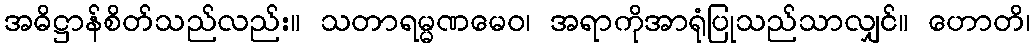
အဓိဋ္ဌာန်စိတ်သည်လည်း။ သတာရမ္မဏမေဝ၊ အရာကိုအာရုံပြုသည်သာလျှင်။ ဟောတိ၊